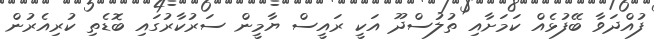
ފުއްދަވާ ބޭފުޅެއް ކަމަށާއި ތުލުސްދޫ އަކީ ރައީސް ޔާމީން ސަރުކާރުގައި ބޮޑެތި ކުރިއެރުން